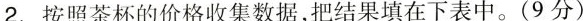
2.按照茶杯的价格收集数据，把结果填在下表中。(9分)